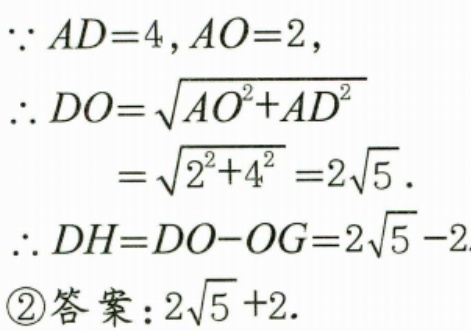
\(\because AD = 4,AO = 2,\)
\(\therefore DO=\sqrt{AO^{2}+AD^{2}}\)
\(=\sqrt{2^{2}+4^{2}} = 2\sqrt{5}.\)
\(\therefore DH=DO - OG=2\sqrt{5}-2\)
\textcircled{2}答案：\(2\sqrt{5}+2.\)